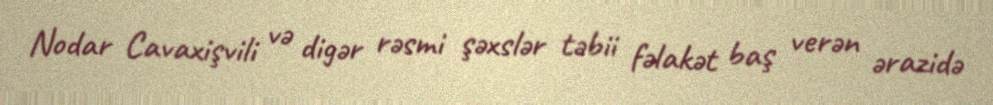
Nodar Cavaxişvili və digər rəsmi şəxslər təbii fəlakət baş verən ərazidə